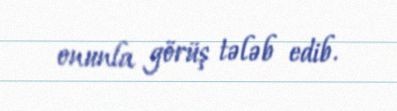
onunla görüş tələb edib.